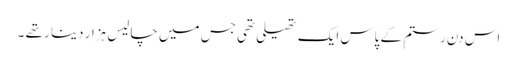
اس دن رستم کے پاس ایک تھیلی تھی جس میں چالیس ہزار دینا ر تھے ۔